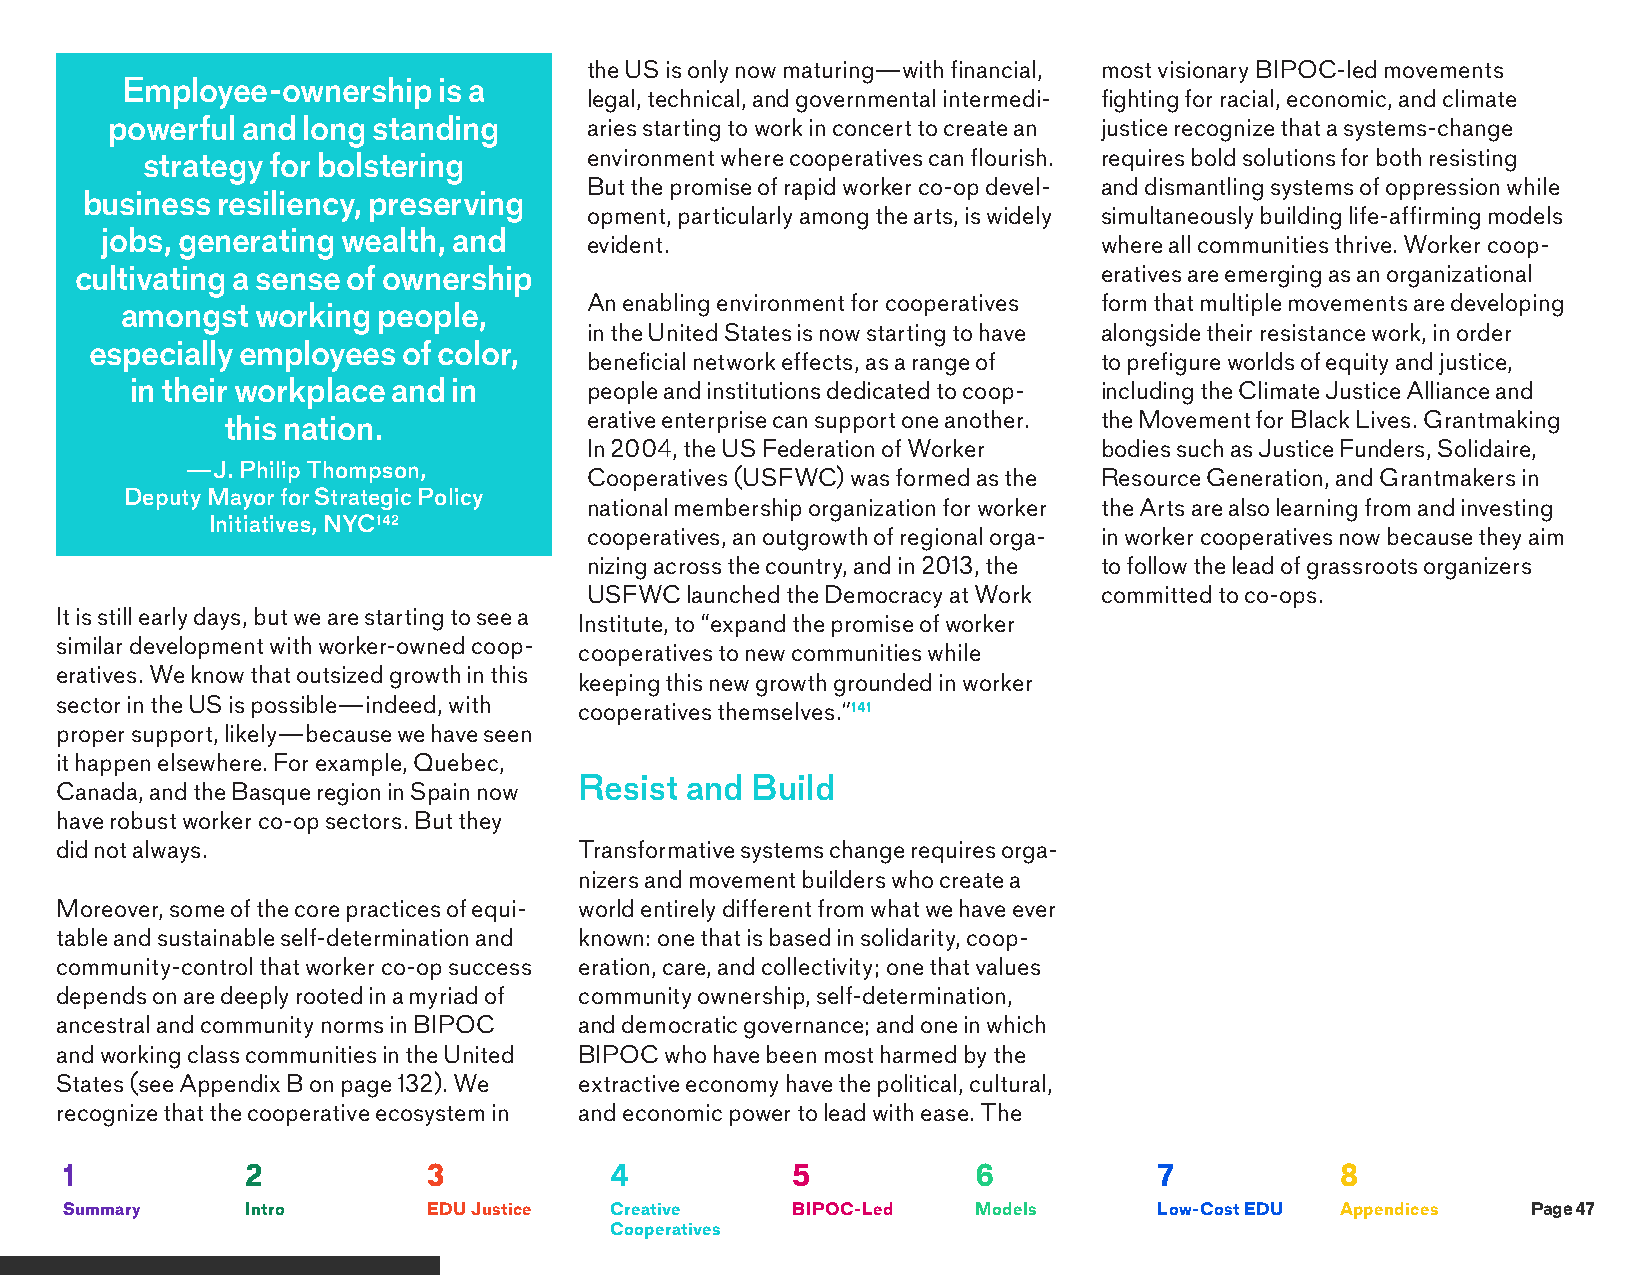
the US is only now maturing—with financial, most visionary BIPOC-led movements
 Employee-ownership   is a
 legal, technical, and governmental intermedi- fighting for racial, economic, and climate
 powerful and long standing      aries starting to work in concert to create an justice recognize that a systems-change
 strategy for bolstering       environment where cooperatives can flourish. requires bold solutions for both resisting
 But the promise of rapid worker co-op devel- and dismantling systems of oppression while
 business resiliency, preserving
 opment, particularly among the arts, is widely simultaneously building life-affirming models
 jobs, generating wealth, and
 evident.                          where all communities thrive. Worker coop-
 cultivating a sense of ownership                                    eratives are emerging as an organizational
 An enabling environment for cooperatives form that multiple movements are developing
 amongst  working people,
 in the United States is now starting to have alongside their resistance work, in order
 especially employees of color,
 beneficial network effects, as a range of to prefigure worlds of equity and justice,
 in their workplace and in     people and institutions dedicated to coop- including the Climate Justice Alliance and
 this nation.            erative enterprise can support one another. the Movement for Black Lives. Grantmaking
 In 2004, the US Federation of Worker bodies such as Justice Funders, Solidaire,
 —J. Philip Thompson,
 Cooperatives (USFWC) was formed as the Resource Generation, and Grantmakers in
 Deputy Mayor for Strategic Policy
 national membership organization for worker the Arts are also learning from and investing
 Initiatives, NYC142
 cooperatives, an outgrowth of regional orga- in worker cooperatives now because they aim
 nizing across the country, and in 2013, the to follow the lead of grassroots organizers
 USFWC launched the Democracy at Work committed to co-ops.
 It is still early days, but we are starting to see a
 Institute, to “expand the promise of worker
 similar development with worker-owned coop-
 cooperatives to new communities while
 eratives. We know that outsized growth in this
 keeping this new growth grounded in worker
 sector in the US is possible—indeed, with
 cooperatives themselves.”141
 proper support, likely—because we have seen
 it happen elsewhere. For example, Quebec,
 Resist and  Build
 Canada, and the Basque region in Spain now
 have robust worker co-op sectors. But they
 did not always.                   Transformative systems change requires orga-
 nizers and movement builders who create a
 Moreover, some of the core practices of equi- world entirely different from what we have ever
 table and sustainable self-determination and known: one that is based in solidarity, coop-
 community-control that worker co-op success eration, care, and collectivity; one that values
 depends on are deeply rooted in a myriad of community ownership, self-determination,
 ancestral and community norms in BIPOC and democratic governance; and one in which
 and working class communities in the United BIPOC who have been most harmed by the
 States (see Appendix B on page 132). We extractive economy have the political, cultural,
 recognize that the cooperative ecosystem in and economic power to lead with ease. The
 1           2           3           4           5            6           7           8
 Summary     Intro       EDU Justice Creative    BIPOC-Led    Models      Low-Cost EDU Appendices Page 47
 Cooperatives